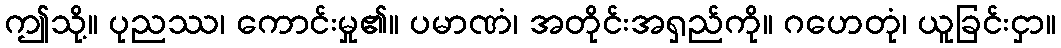
ဤသို့။ ပုညဿ၊ ကောင်းမှု၏။ ပမာဏံ၊ အတိုင်းအရှည်ကို။ ဂဟေတုံ၊ ယူခြင်းငှာ။